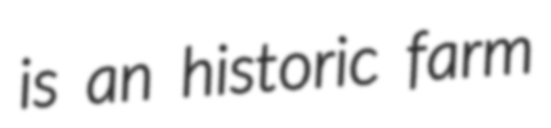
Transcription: is an historic farm